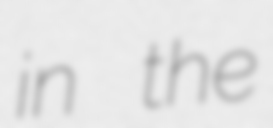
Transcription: in the